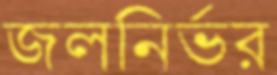
জলনির্ভর